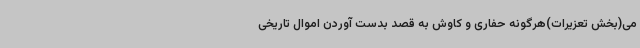
می(بخش تعزیرات)هرگونه حفاری و کاوش به قصد بدست آوردن اموال تاریخی